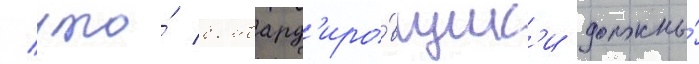
/ что́ бомбард'иро́вщик'и должны́